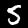
Label: 5